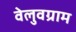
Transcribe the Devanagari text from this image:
वेलुवग्राम